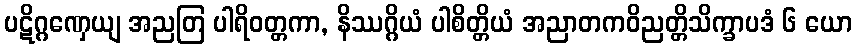
ပဋိဂ္ဂဏှေယျ အညတြ ပါရိဝတ္တကာ, နိဿဂ္ဂိယံ ပါစိတ္တိယံ အညာတကဝိညတ္တိသိက္ခာပဒံ ၆ ယော